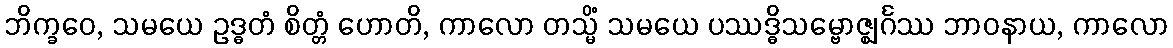
ဘိက္ခဝေ, သမယေ ဥဒ္ဓတံ စိတ္တံ ဟောတိ, ကာလော တသ္မိံ သမယေ ပဿဒ္ဓိသမ္ဗောဇ္ဈင်္ဂဿ ဘာဝနာယ, ကာလော